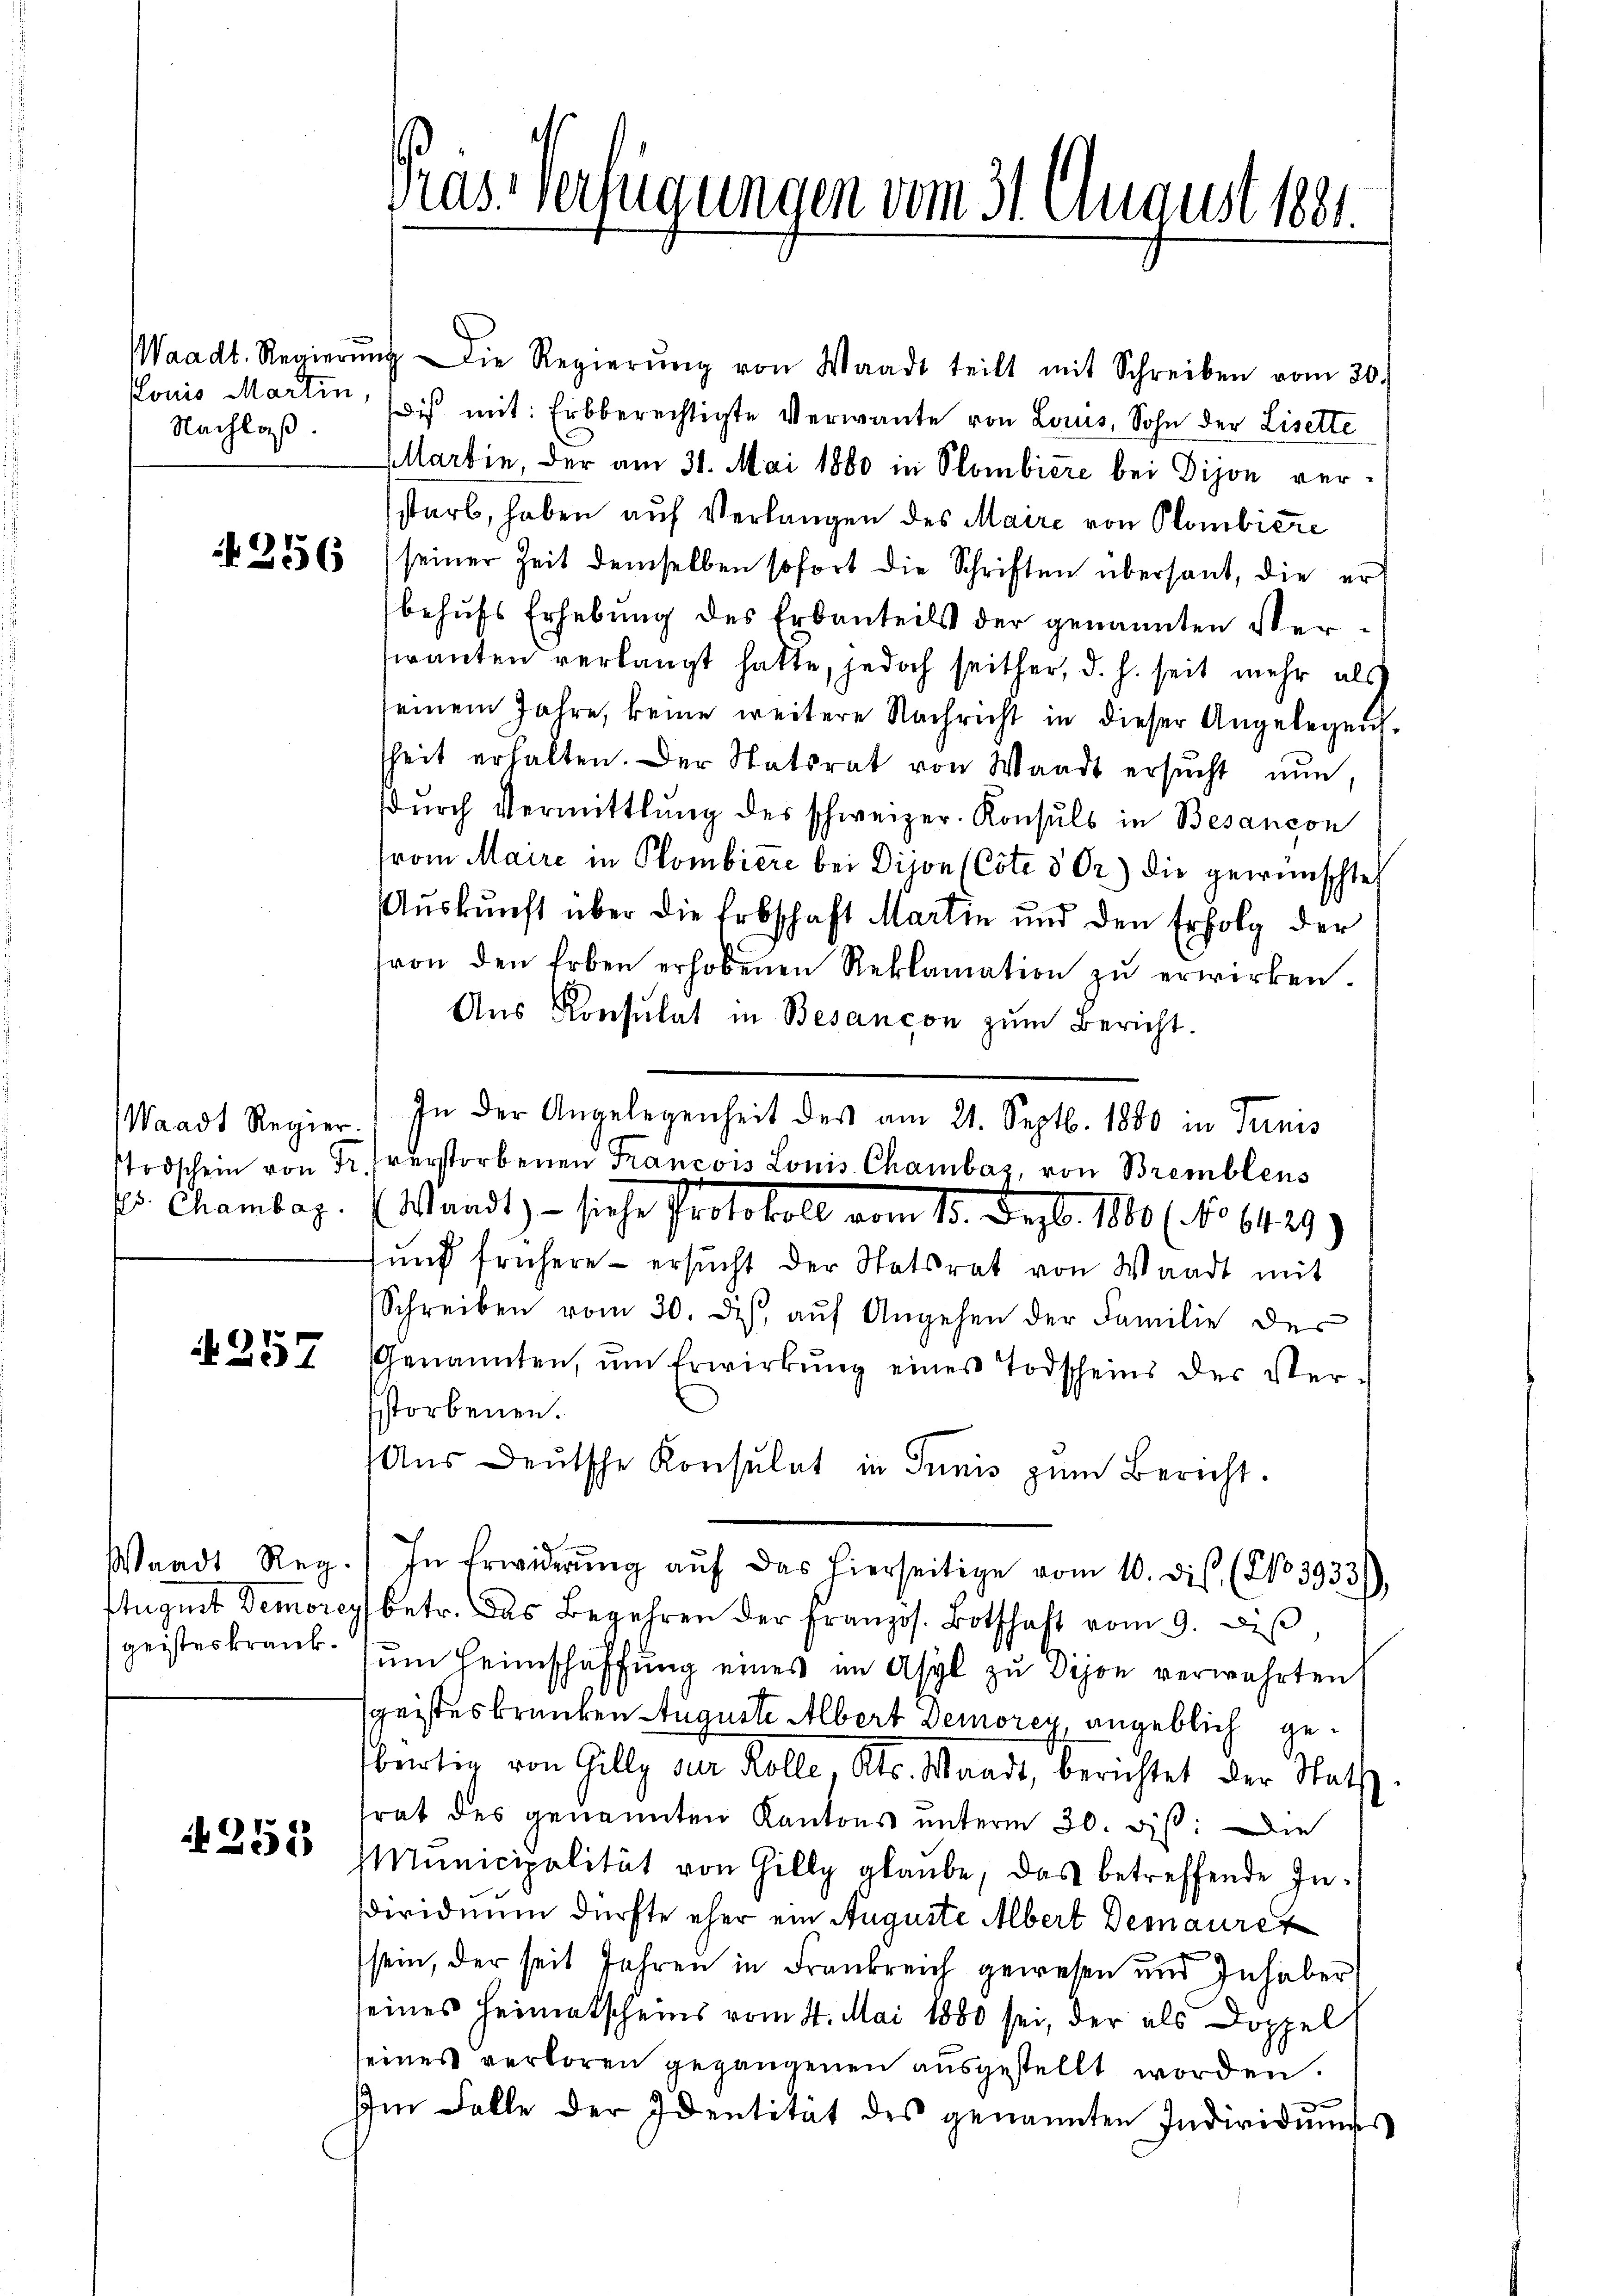
Nachlaß.

4257

255

Pras-Verfügungen vom 31. August 1881.

Waadt. Regierŭng die Regierŭng von Waadt teilt mit Schreiben vom 30.
Gonio Martin, sois mit: Erbberechtigte Verwante von Locus, Sohn der Lisette
Martin der am 31. Mai 1880 in Slombiere bei Dijon verstarb, haben auf Verlangen des Maire von Plombiere
N 2556 seiner Zeit demselben sofort die Schriften übersant, die er
behufs Erhebung des Erbauteils der genannten Veriranten verlangt hatte, jedoch seither, d. h. seit mehr als
seinem Jahre, keine weitere Nachricht in dieser Angelegen.
sheit erhalten. Der Statsrat von Waadt ersŭcht nun,
dŭrch Vermittlung des schweizer. Konsuls in Besançon
from Maire in Plombiere bei Dijon (Cote 8 Or.) die gewünschte
Auskunft über die Erbschaft Martin und den Erfolg der
von den Erben erhobenen Reklamation zŭ erwirken.
Aŭs Konsulat in Besançon zŭm Bericht.
pr. Chambar. (Waadt, – siehe Protokoll vom 13. Dezbr. 1880 (No 6429)
fünf frühere - ersŭcht der Statsrat von Waadt mit
Schreiben vom 30. ds. aŭf Angehen der Familie der
Genannten, ŭm Erwirkung eines Todscheins der Ver-
storbenen.
Aŭs deŭtsche Konsulat in Tunis zŭm Bericht.
Waadt Reg. In Erwiderŭng aŭf das hierseitige vom 10. dis. (NNo. 3933)
August Demorey betr. das Begehren der französ. Botschaft vom 9. diβ
geisteskrank. ŭm Heimschaffŭng eines im Asyl zŭ Dijon verwahrten,
geisteskranken Auguste Albert Demoren angeblich gebürtig von Gilly der Kolle, Kts. Standt, berichtet der Raths
trat des genannten Kantons unterm 20. dis: Die
Municipalität von Gilly glaube, das betreffende Insdividuum dürfte eher ein Auguste Albert Demauret
sein, der seit Jahren in Frankreich gewesen und Inhaber
seines Heimatscheins vom 4. Mai 1880 sei, der als Doppel
seines verloren gegangenen aŭsgestellt worden.
Im Falle der Identität des genannten Individuums

Waadt Regier. In der Angelegenheit des am 21. Septb. 1880 in Trinis
Todschein von Fr. furstorbenen Francois Louis Chambaz, von Bremblens